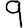
Digit: 9